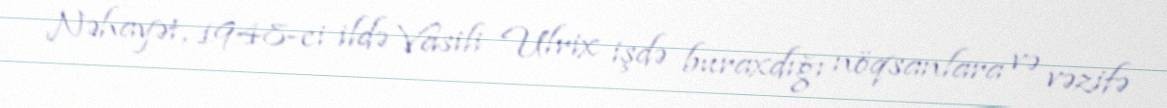
Nəhayət, 1948-ci ildə Vasili Ulrix işdə buraxdığı nöqsanlara və vəzifə